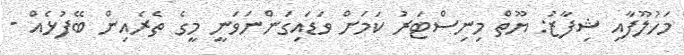
މަހުލޫފާއި ޝިފާޒު: ޔޫތް މިނިސްޓަރު ކަމަށް ވަޑައިގަންނަވަނީ މީގެ ތެރެއިން ބޭފުޅެއް -